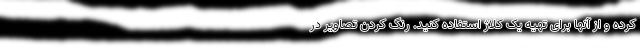
کرده و از آنها برای تهیه یک کلاژ استفاده کنید. رنگ کردن تصاویر در